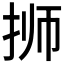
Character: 𰓝